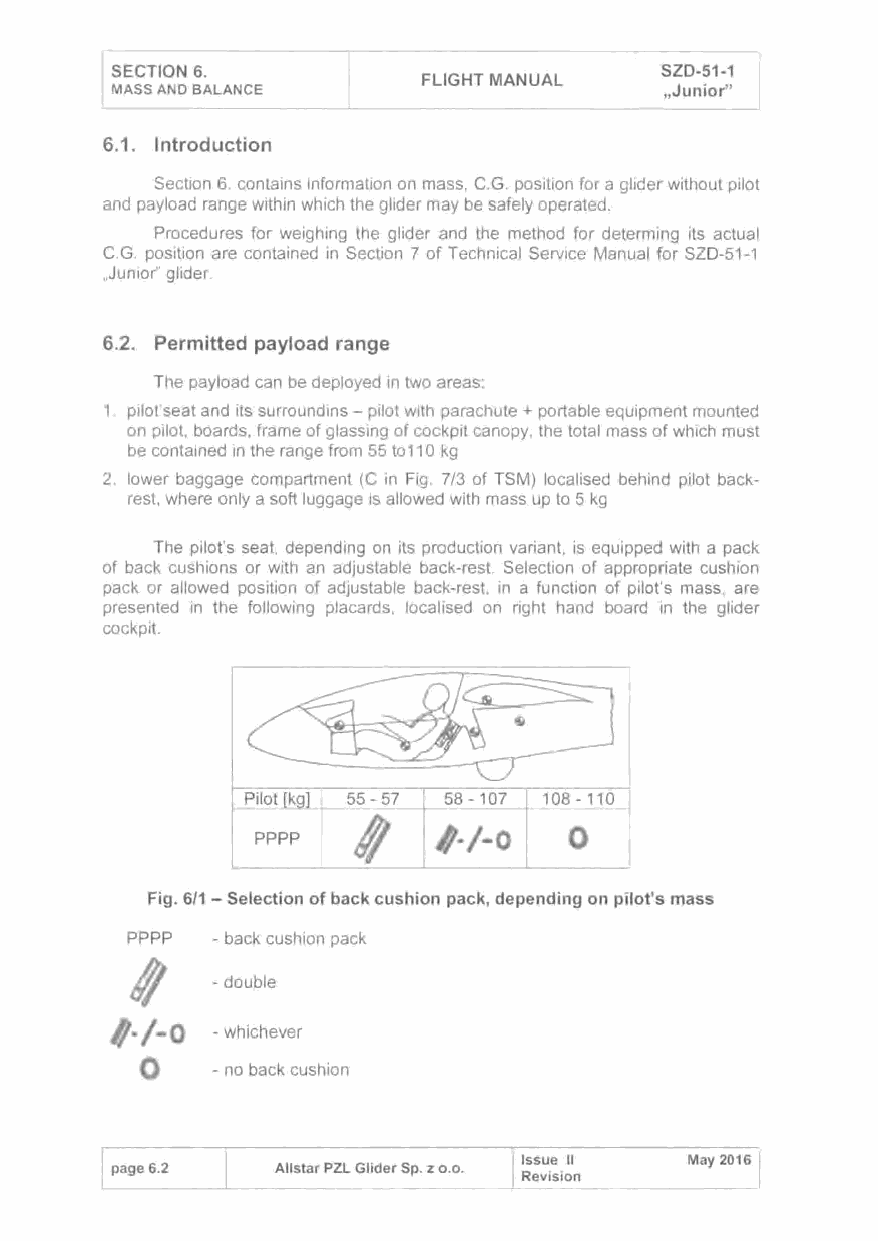
r
 SECTION 6.                          SZD-51-1
 FLIGHT MANUAL
 MASS AND BALANCE I                  ,Junior"
 6.1. Introduction
 Section 6. contains information on mass, e.G. position for a glider without pilot
 and payload range within which the glider may be safely operated.
 Procedures for weighing the glider and the method for determing its actual
 e.G. position are contained in Section 7 of Technical Service Manual for SZD-51-1
 ,Junior" glider.
 6.2. Permitted payload range
 The payload can be deployed in two areas:
 1. pilot' seat and its surroundms - pilot with parachute + portable equipment mounted
 on pilot, boards, frame of glassing of cockpit canopy, the total mass of which must
 be contained in the range from 55 to11 0 kg
 2. lower baggage compartment (e in Fig. 7/3 of TSM) localised behind pilot back
 rest, where only a soft luggage is allowed with mass up to 5 kg
 The pilot's seat, depending on its production variant, is equipped with a pack
 of back cushions or with an adjustable back-rest. Selection of appropriate cushion
 pack or allowed position of adjustable back-rest, in a function of pilot's mass, are
 presented in the following placards, localised on right hand board in the glider
 cockpit.
 pp pp       /J·/-0   0
 Fig. 6/1 -Selection of back cushion pack, depending on pilot's mass
 PPPP -back cushion pack
 ~~
 -double
 /J· /-0
 -whichever
 0    -
 no back cushion
 Issue 11   May 2016
 page 6.2  All star PZL Glider Sp. z o.o.
 Revision